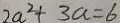
2 a ^ { 2 } + 3 a = 6